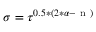
\sigma = \tau ^ { 0 . 5 * ( 2 * \alpha - \mathrm { ~ n ~ } ) }